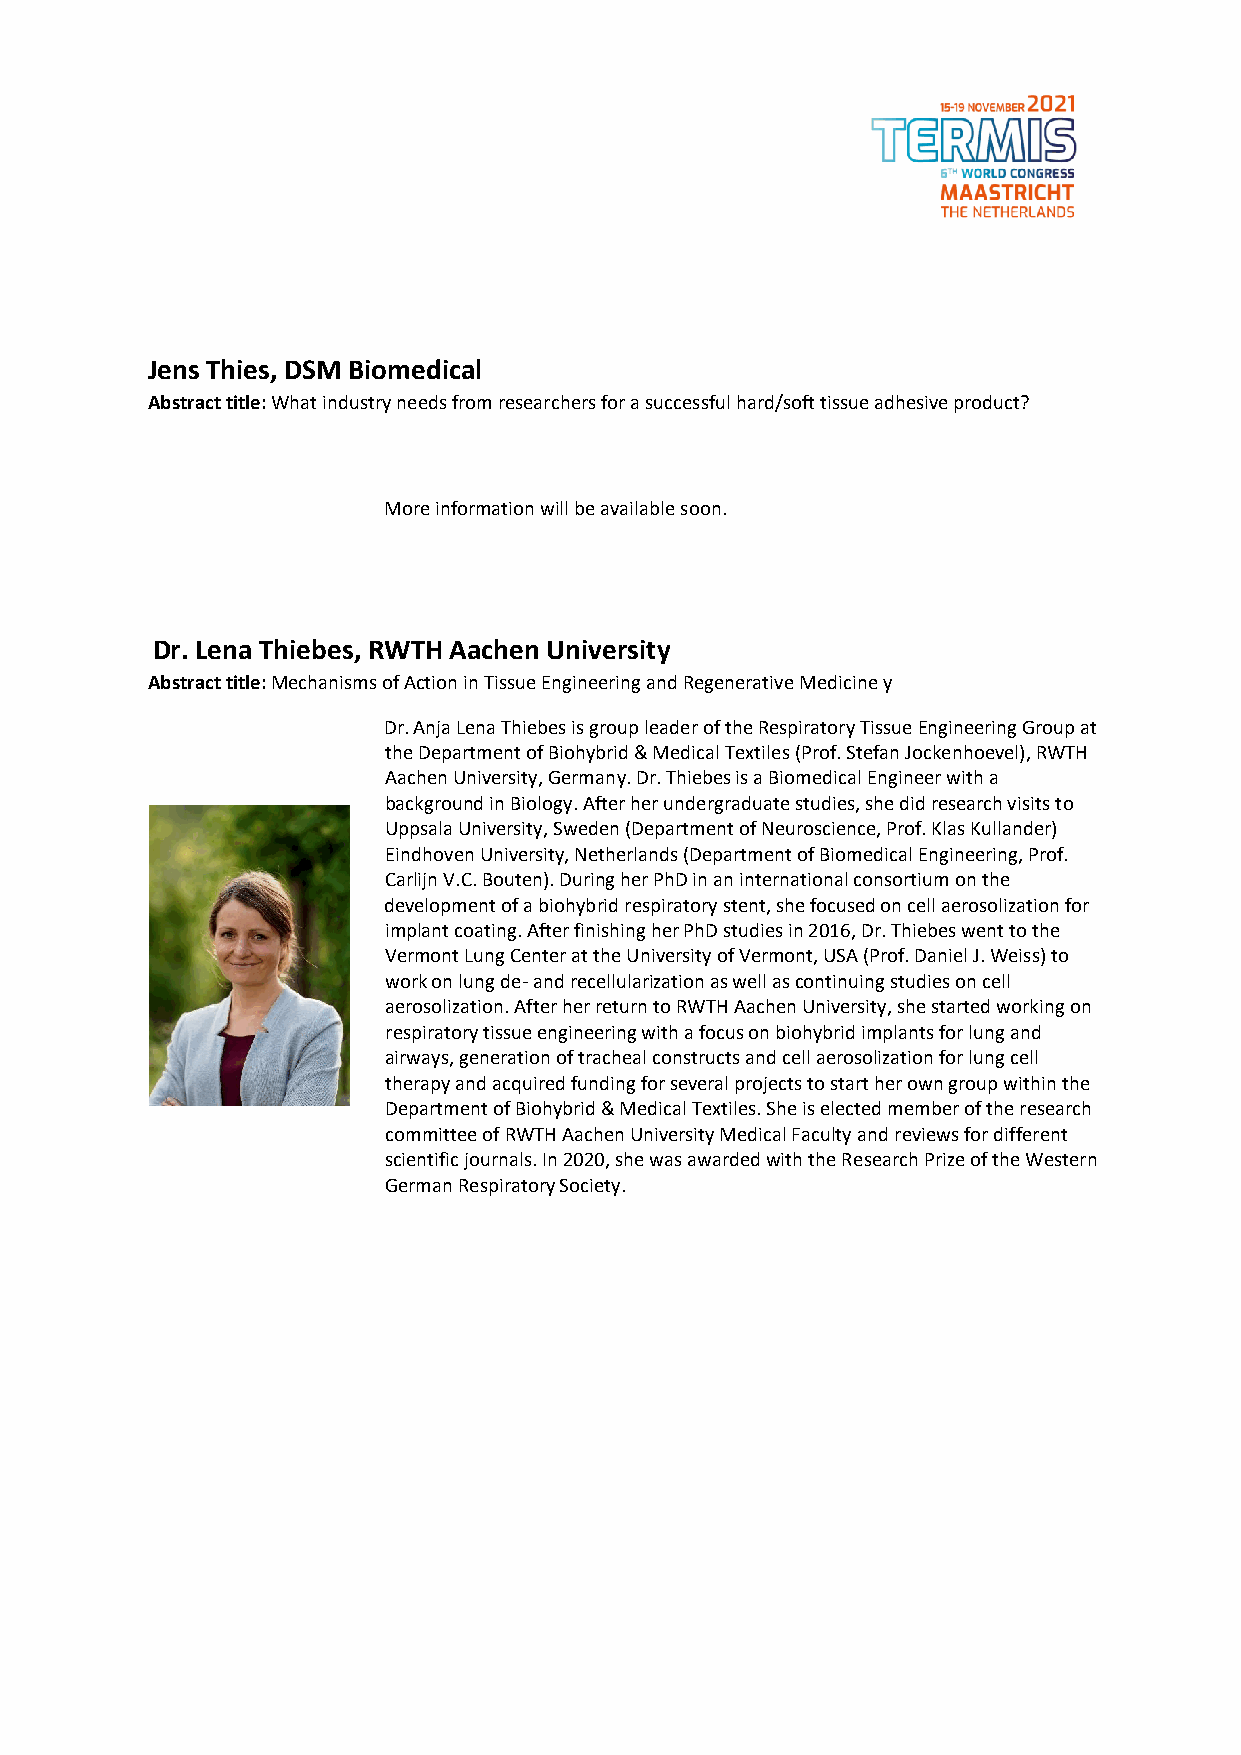
Jens Thies, DSM Biomedical
 Abstract title: What industry needs from researchers for a successful hard/soft tissue adhesive product?
 More information will be available soon.
 Dr. Lena Thiebes, RWTH Aachen University
 Abstract title: Mechanisms of Action in Tissue Engineering and Regenerative Medicine y
 Dr. Anja Lena Thiebes is group leader of the Respiratory Tissue Engineering Group at
 the Department of Biohybrid & Medical Textiles (Prof. Stefan Jockenhoevel), RWTH
 Aachen University, Germany. Dr. Thiebes is a Biomedical Engineer with a
 background in Biology. After her undergraduate studies, she did research visits to
 Uppsala University, Sweden (Department of Neuroscience, Prof. Klas Kullander)
 Eindhoven University, Netherlands (Department of Biomedical Engineering, Prof.
 Carlijn V.C. Bouten). During her PhD in an international consortium on the
 development of a biohybrid respiratory stent, she focused on cell aerosolization for
 implant coating. After finishing her PhD studies in 2016, Dr. Thiebes went to the
 Vermont Lung Center at the University of Vermont, USA (Prof. Daniel J. Weiss) to
 work on lung de- and recellularization as well as continuing studies on cell
 aerosolization. After her return to RWTH Aachen University, she started working on
 respiratory tissue engineering with a focus on biohybrid implants for lung and
 airways, generation of tracheal constructs and cell aerosolization for lung cell
 therapy and acquired funding for several projects to start her own group within the
 Department of Biohybrid & Medical Textiles. She is elected member of the research
 committee of RWTH Aachen University Medical Faculty and reviews for different
 scientific journals. In 2020, she was awarded with the Research Prize of the Western
 German Respiratory Society.